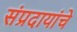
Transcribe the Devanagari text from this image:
संप्रदायांचे